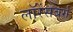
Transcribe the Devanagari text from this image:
लॉरेंसबर्ग